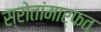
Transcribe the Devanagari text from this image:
स्रोतांमार्फत